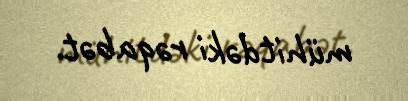
mühitdəki rəqabət.